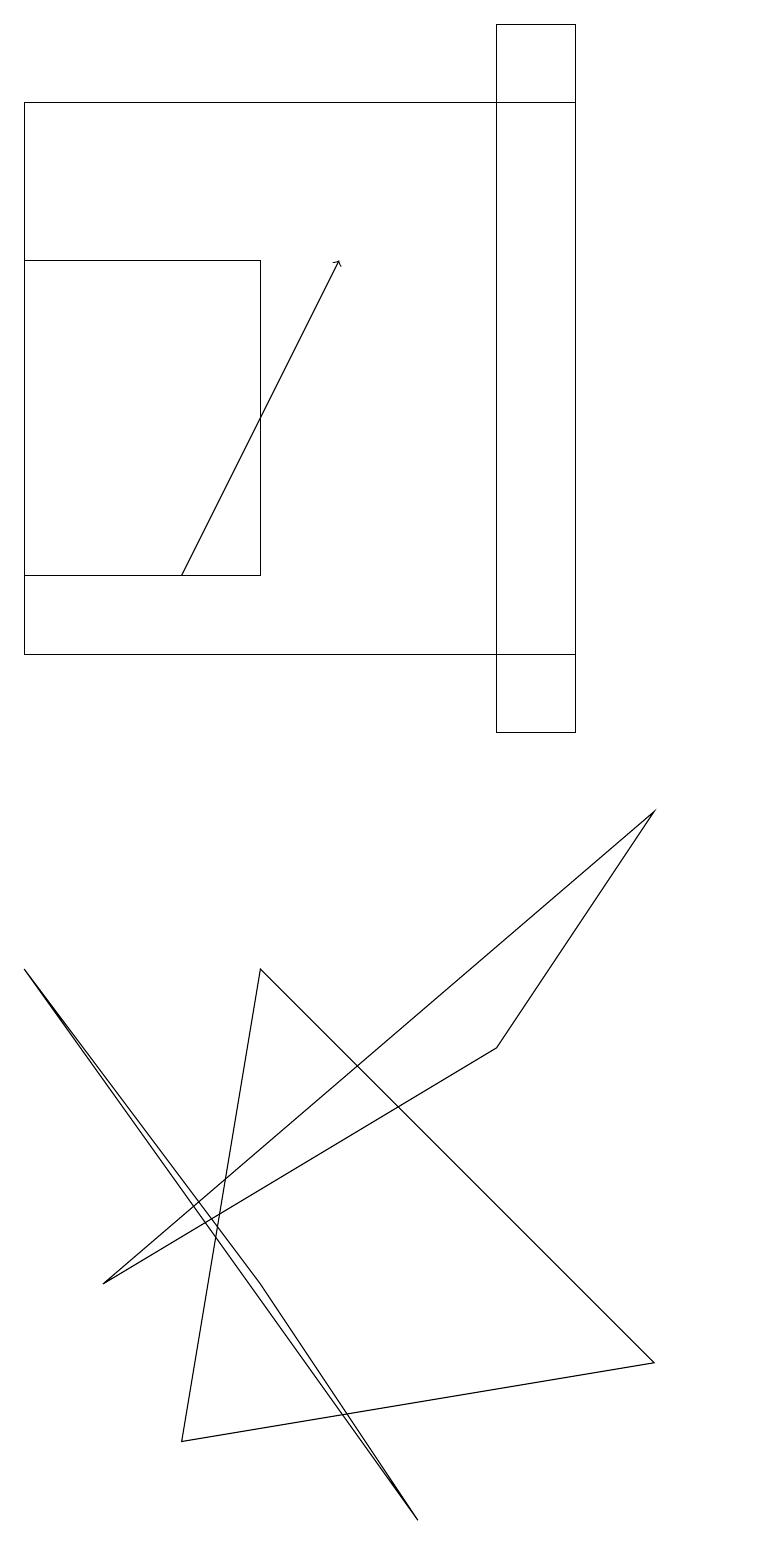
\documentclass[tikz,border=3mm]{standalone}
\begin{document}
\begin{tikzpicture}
\draw (1,18) rectangle (8,11);
\draw[->] (3,12) -- (5,16);
\draw (6,0) -- (1,7) -- (4,3) -- cycle;
\draw (10,10) circle (0);
\draw (8,19) rectangle (7,10);
\draw (1,12) rectangle (4,16);
\draw (3,1) -- (9,2) -- (4,7) -- cycle;
\draw (7,6) -- (9,9) -- (2,3) -- cycle;
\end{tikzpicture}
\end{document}